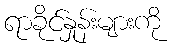
ရာခိုင်နှုန်းများကို